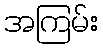
အကြမ်း